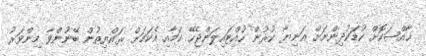
ޚާއްޞަކޮށް ކުޑަކުދިންނަށް އަނިޔާ ކުރުން ހުއްޓައިލަންޖެހޭ ކަމާއި އެކަމަށް ރައްޔިތުން ބޭނުންވާ މިންވަރު